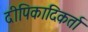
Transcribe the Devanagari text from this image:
दीपिकादिकर्ता